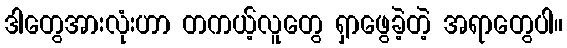
ဒါတွေအားလုံးဟာ တကယ့်လူတွေ ရှာဖွေခဲ့တဲ့ အရာတွေပါ။